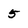
Character: 5